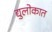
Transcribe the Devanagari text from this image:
द्युलोकात